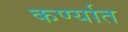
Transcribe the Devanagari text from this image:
कर्ण्यात